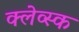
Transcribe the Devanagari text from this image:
क्लेव्स्क